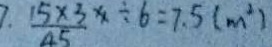
7 . \frac { 1 5 \times 3 } { 4 5 } \times \div 6 = 7 . 5 ( m ^ { 2 } )